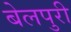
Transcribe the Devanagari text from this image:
बेलपुरी